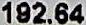
192.64